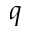
q